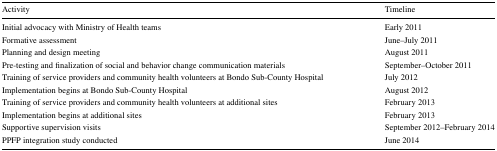
| Activity | Timeline |
 | --- | --- |
 | Initial advocacy with Ministry of Health teams | Early 2011 |
 | Formative assessment | June–July 2011 |
 | Planning and design meeting | August 2011 |
 | Pre-testing and finalization of social and behavior change communication materials | September–October 2011 |
 | Training of service providers and community health volunteers at Bondo Sub-County Hospital | July 2012 |
 | Implementation begins at Bondo Sub-County Hospital | August 2012 |
 | Training of service providers and community health volunteers at additional sites | February 2013 |
 | Implementation begins at additional sites | February 2013 |
 | Supportive supervision visits | September 2012–February 2014 |
 | PPFP integration study conducted | June 2014 |